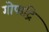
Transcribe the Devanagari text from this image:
गोपाद्रि